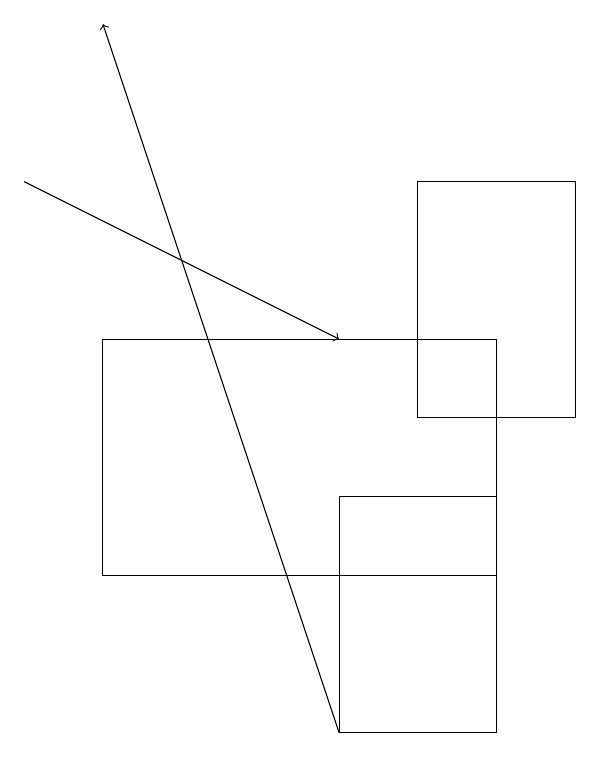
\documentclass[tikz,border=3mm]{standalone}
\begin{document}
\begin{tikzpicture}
\draw (6,12) rectangle (1,15);
\draw (6,13) rectangle (4,10);
\draw (5,17) rectangle (7,14);
\draw[->] (0,17) -- (4,15);
\draw[->] (4,10) -- (1,19);
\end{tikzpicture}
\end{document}